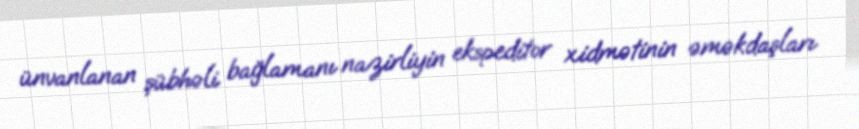
ünvanlanan şübhəli bağlamanı nazirliyin ekspeditor xidmətinin əməkdaşları